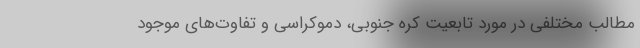
مطالب مختلفی در مورد تابعیت کره جنوبی، دموکراسی و تفاوت‌های موجود